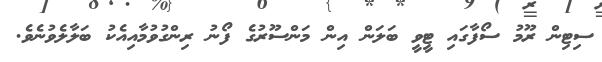
ސިޓިން ރޫމު ސޯފާގައި ޓީވީ ބަލަން އިން މަންސޫރުގެ ފޯނު ރިންގުވުމާއިއެކު ބަލާލެވުނެވެ.